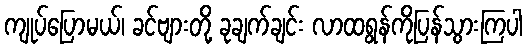
ကျုပ်ပြောမယ်၊ ခင်ဗျားတို့ ခုချက်ချင်း လာထရွန်ကိုပြန်သွားကြပါ